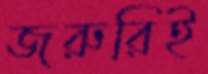
জরুরিই